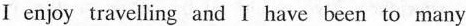
I enjoy travelling and I have been to many